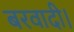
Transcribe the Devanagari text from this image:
बरवादी।